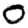
Digit: 0